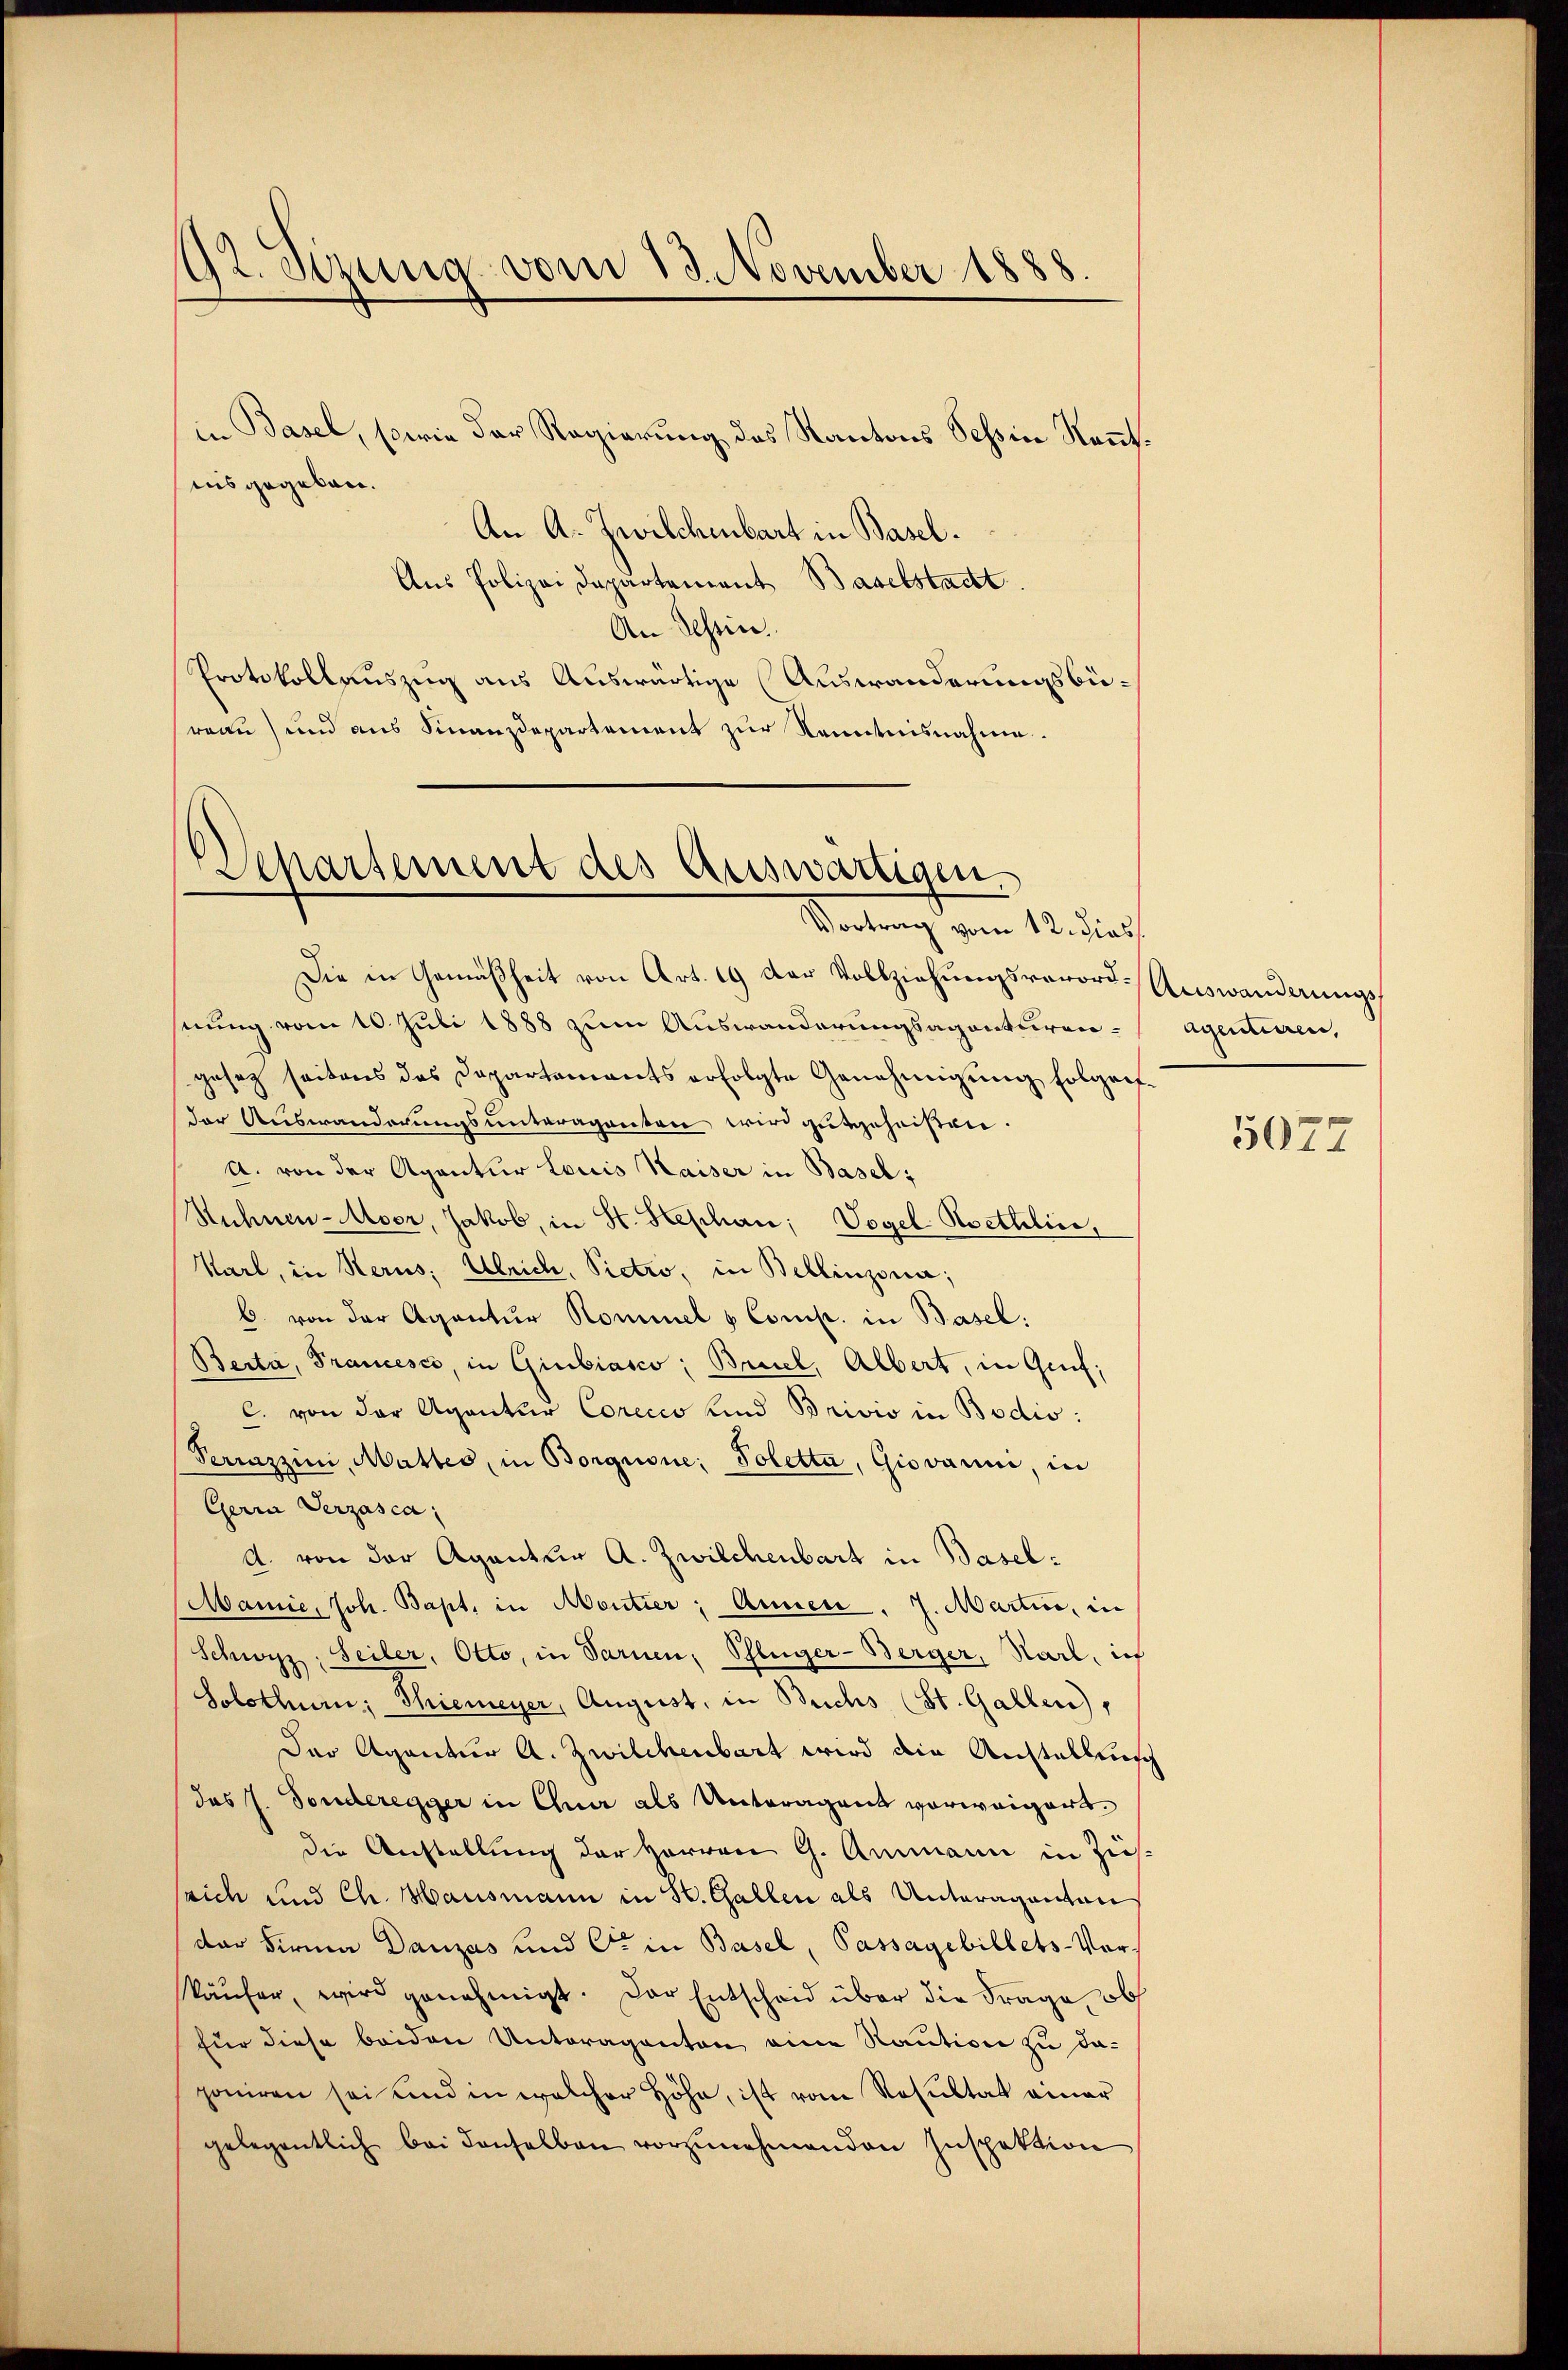
92. Semma vom 13. November 1888.

in Basel, sowie der Regierung des Kantons Tessin Kennt.
ius gegeben.
An A. Zwilchenbart in Basel.
Aus Polizei Departement Baselstadt
An Schein.
Protokollauszug aus Auswärtige Auswanderungsbüreau) und aus Finanzdepartement zur Kenntnisnahme.

Departement des Auswärtigen
Vortrag vom 12. dies

Die in Gemäßheit von Art. 19 der Vollziehungsverord-Auswanderungsstung vom 10. Juli 1888 zum Auswanderungsagenturen-Agentieren,
gesetz seitens das Dapartements erfolgte Genehmigung folgender Auswanderungsunteraganten wird gutgeheißen.
A. von der Agentur Louis Kaiser in Basel;
Sühnen-Aser, Jakob, in St. Stephan; Vogel Asethlin,
Karl, in Herus. Ulrich, Pictro, in Bellinzona;
b. von der Agantur Kommel & Comp. in Basel:
Berta, Francesco, in Giubiasco; Bruel, Albert, in Genf;
C. von der Agentur Corccio und Brivio in Bodis:
Periazzini, Mattes, in Borgnone, Poletta, Giovann, in
Gerrn Verzasca,
A. von der Aganter A. Zwilchenbart in Basel¬
Mamie, Joh. Bapt, in Moutier, Annen, 7. Martin, in
Schwyz, Seiler, Otto, in Sarnen, Schlüger-Berger, Karl, in
Solothur; Thiemeyer, August, in Buchs (St. Gallen,
Der Agantur A. Zwilchenbart wird die Anstellung
das J. Sonderegger in Chur als Unteragent vorweigert.
die Anstellung der Herren G. Ammann in Zusssich und Ch. Hausmann in St. Gallen als Unteraganten
der Firma Danzas und Ott in Basel, Passagebillets-Verkäŭfer, wird genehmigt. Der Entscheid über die Frage, ob
für diese beiden Unteraganten eine Raution zu da-
poniren sei und in welcher Höhe, ist vom Resultat einer
gelegentlich bei denselben vorzŭnehmenden Inspektion

5077